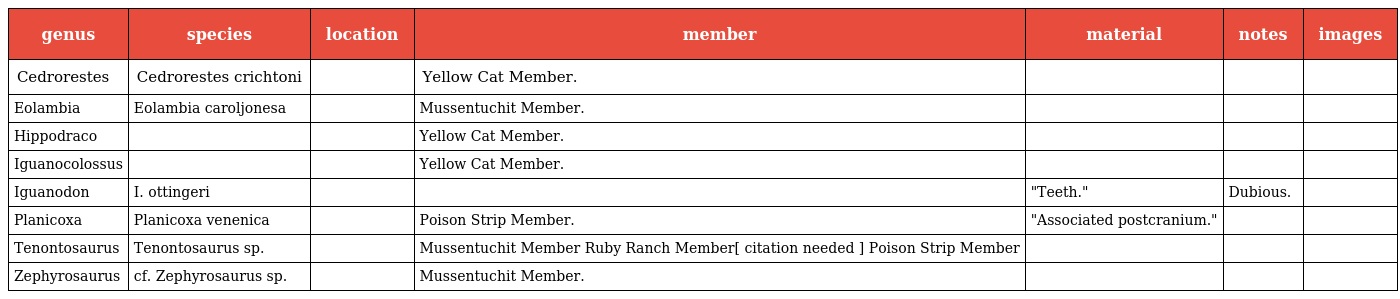
| genus | species | location | member | material | notes | images |
 | --- | --- | --- | --- | --- | --- | --- |
 | Cedrorestes | Cedrorestes crichtoni |  | Yellow Cat Member. |  |  |  |
 | Eolambia | Eolambia caroljonesa |  | Mussentuchit Member. |  |  |  |
 | Hippodraco |  |  | Yellow Cat Member. |  |  |  |
 | Iguanocolossus |  |  | Yellow Cat Member. |  |  |  |
 | Iguanodon | I. ottingeri |  |  | "Teeth." | Dubious. |  |
 | Planicoxa | Planicoxa venenica |  | Poison Strip Member. | "Associated postcranium." |  |  |
 | Tenontosaurus | Tenontosaurus sp. |  | Mussentuchit Member Ruby Ranch Member[ citation needed ] Poison Strip Member |  |  |  |
 | Zephyrosaurus | cf. Zephyrosaurus sp. |  | Mussentuchit Member. |  |  |  |